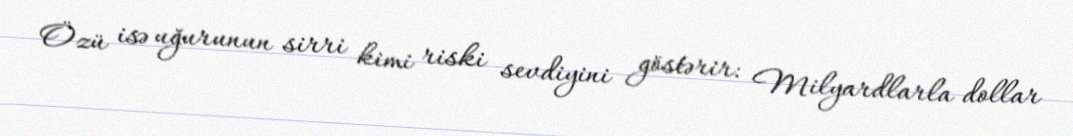
Özü isə uğurunun sirri kimi riski sevdiyini göstərir: Milyardlarla dollar